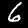
Label: 6